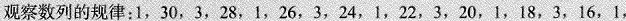
观察数列的规律：1，30，3，28，1，26，3，24，1，22，3，20，1，18，3，16，1，